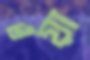
ওয়া